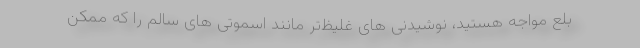
بلع مواجه هستید، نوشیدنی های غلیظ‌تر مانند اسموتی های سالم را که ممکن